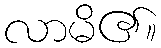
လာမိ၏။